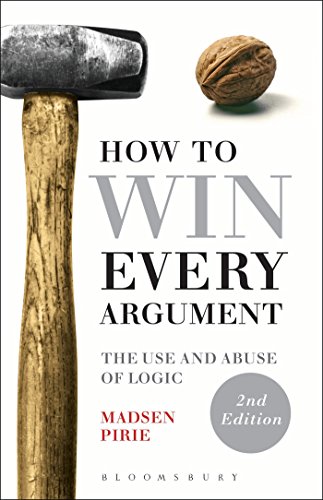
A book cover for How to Win Every Argument: The Use and Abuse of Logic; Madsen Pirie; Politics & Social Sciences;